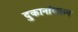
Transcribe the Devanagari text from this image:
दुकानांवरून